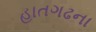
હાતગઢના